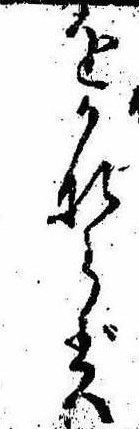
をかならず